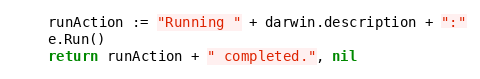
Language: Go
	runAction := "Running " + darwin.description + ":"
	e.Run()
	return runAction + " completed.", nil